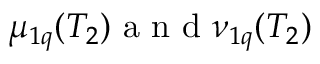
\mu _ { 1 q } ( T _ { 2 } ) \mathrm { ~ a ~ n ~ d ~ } \nu _ { 1 q } ( T _ { 2 } )